Annual administration report of the Civil Veterinary Department, Sind - 1937-1938
Year: 1937
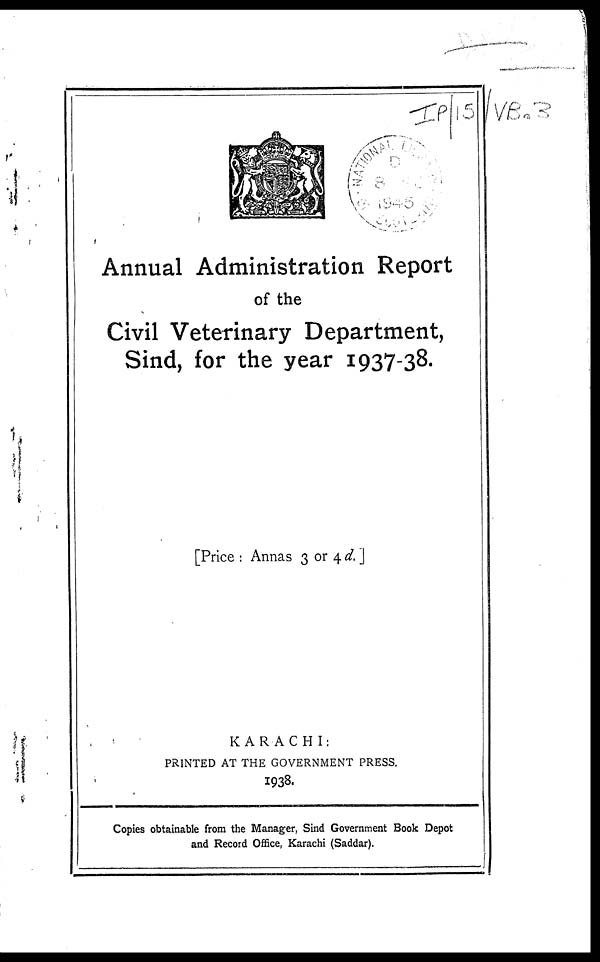
Annual Administration Report
of the
Civil Veterinary Department,
Sind, for the year 1937-38.
[Price : Annas 3 or 4 d. ]
KARACHI:
PRINTED AT THE GOVERNMENT PRESS.
1938.
Copies obtainable from the Manager, Sind Government Book Depot
and Record Office, Karachi (Saddar).